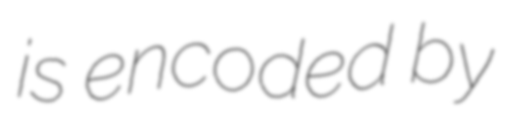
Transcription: is encoded by